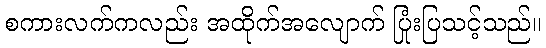
စကားလက်ကလည်း အထိုက်အလျောက် ပြုံးပြသင့်သည်။